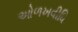
ઓળખવીધિ